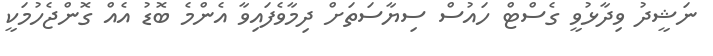
ނަޝީދު ވިދާޅުވީ ގެސްޓް ހައުސް ސިޔާސަތަށް ދިމާވެފައިވާ އެންމެ ބޮޑު އެއް ގޮންޖެހުމަކީ